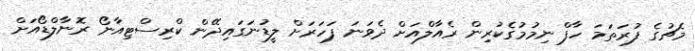
މެޗުގެ ފުރަތަމަ ހާފް ނިމުމުގެކުރިން ރެއާލްއަށް ދެވަނަ ފަހަރަށް ލީޑުނަގައިދޭން ކްރިސްޓިއާނޯ ރޮނާލްޑޯއަށް